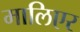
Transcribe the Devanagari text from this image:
मालिएर